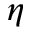
\eta